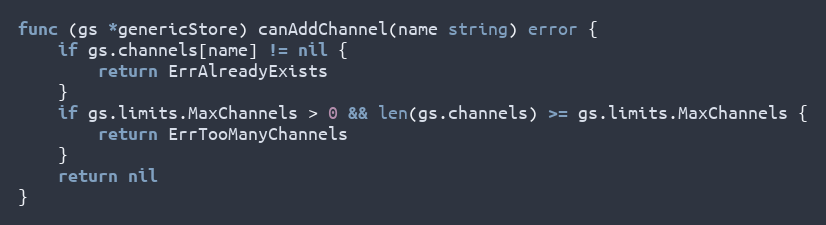
Language: Go
func (gs *genericStore) canAddChannel(name string) error {
	if gs.channels[name] != nil {
		return ErrAlreadyExists
	}
	if gs.limits.MaxChannels > 0 && len(gs.channels) >= gs.limits.MaxChannels {
		return ErrTooManyChannels
	}
	return nil
}